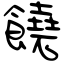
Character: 饒